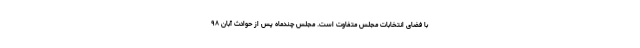
با فضای انتخابات مجلس متفاوت است. مجلس چندماه پس از حوادث آبان ۹۸